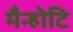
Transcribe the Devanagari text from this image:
मैन्होटि